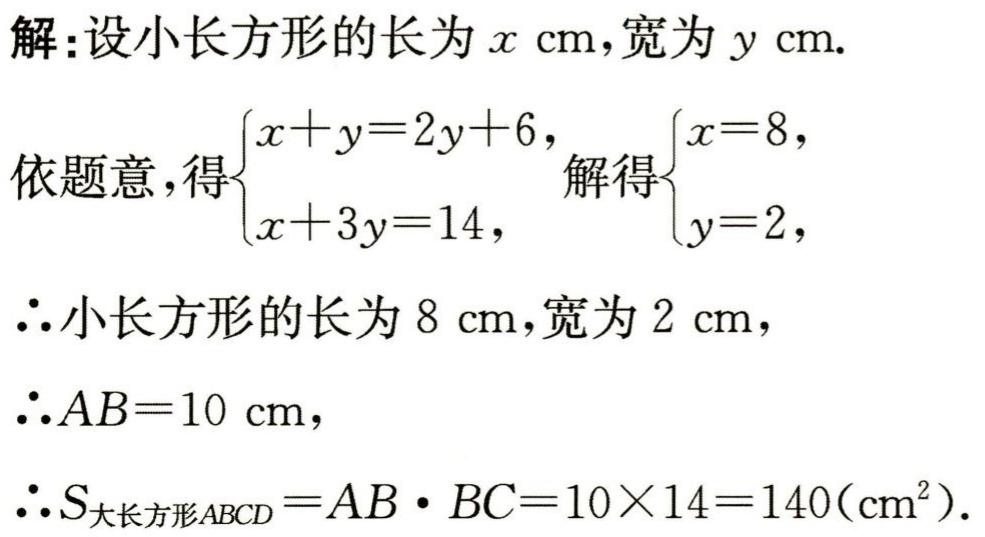
解：设小长方形的长为\(x\ \text{cm}\)，宽为\(y\ \text{cm}\).

依题意，得\(\begin{cases}x + y = 2y + 6,\\x + 3y = 14,\end{cases}\) 解得\(\begin{cases}x = 8,\\y = 2,\end{cases}\)

\(\therefore\)小长方形的长为\(8\ \text{cm}\)，宽为\(2\ \text{cm}\)，

\(\therefore AB = 10\ \text{cm}\)，

\(\therefore S_{大长方形ABCD}=AB\cdot BC = 10\times14 = 140(\text{cm}^2)\).